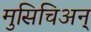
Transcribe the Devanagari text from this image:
मुसिचिअन्